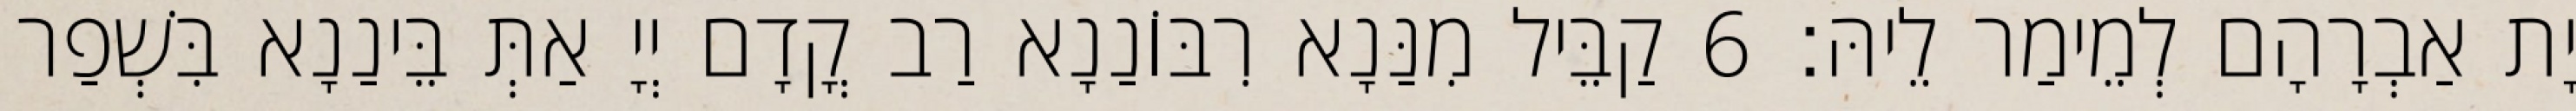
יָת אַבְרָהָם לְמֵימַר לֵיהּ׃ 6 קַבֵּיל מִנַּנָא רִבּוֹנַנָא רַב קֳדָם יְיָ אַתְּ בֵּינַנָא בִּשְׁפַר